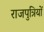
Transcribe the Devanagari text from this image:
राजपुत्रियों